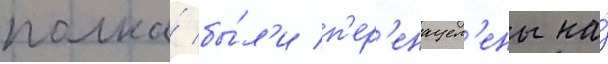
полка́ бы́л'и п'ер'енацел'ены на́